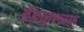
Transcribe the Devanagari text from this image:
ङॅङ्ळृश्ळ्फ्